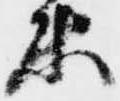
衛